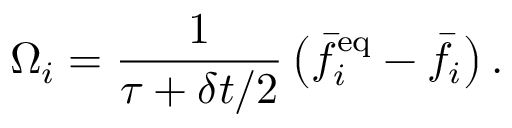
\Omega _ { i } = \frac { 1 } { \tau + \delta t / 2 } \left( \bar { f } _ { i } ^ { \mathrm { e q } } - \bar { f } _ { i } \right) .